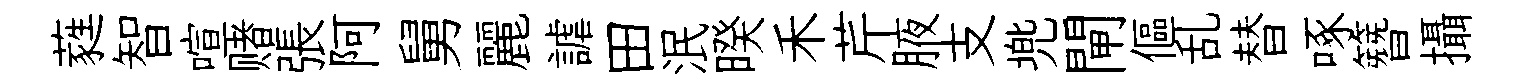
蕤智喧赌張阿舅麗謔田泯暌禾芹腋支兠閘傴乱替啄簪攝